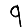
Digit: 9